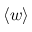
\langle w \rangle